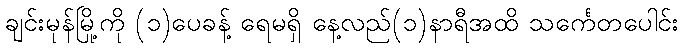
ချင်းမုန်မြို့ကို (၁)ပေခန့် ရေမရှိ နေ့လည်(၁)နာရီအထိ သင်္ကေတပေါင်း